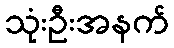
သုံးဦးအနက်